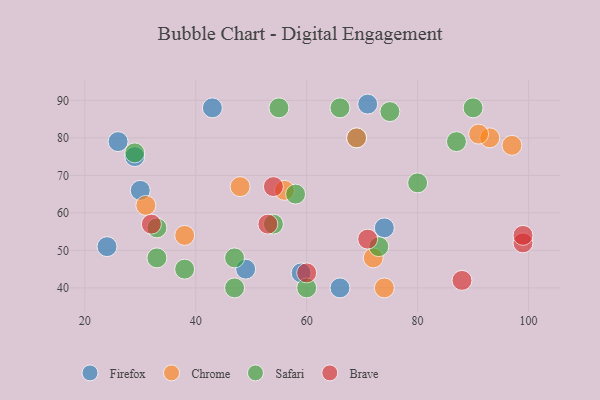
{"axis": {"x": "GDP", "y": "Life Expectancy"}, "legend": ["Brave", "Chrome", "Firefox", "Safari"], "data": [{"x": "69", "y": 80, "type": "Firefox"}, {"x": "30", "y": 66, "type": "Firefox"}, {"x": "49", "y": 45, "type": "Firefox"}, {"x": "26", "y": 79, "type": "Firefox"}, {"x": "66", "y": 40, "type": "Firefox"}, {"x": "71", "y": 89, "type": "Firefox"}, {"x": "24", "y": 51, "type": "Firefox"}, {"x": "43", "y": 88, "type": "Firefox"}, {"x": "74", "y": 56, "type": "Firefox"}, {"x": "59", "y": 44, "type": "Firefox"}, {"x": "29", "y": 75, "type": "Firefox"}, {"x": "48", "y": 67, "type": "Chrome"}, {"x": "93", "y": 80, "type": "Chrome"}, {"x": "38", "y": 54, "type": "Chrome"}, {"x": "72", "y": 48, "type": "Chrome"}, {"x": "97", "y": 78, "type": "Chrome"}, {"x": "56", "y": 66, "type": "Chrome"}, {"x": "69", "y": 80, "type": "Chrome"}, {"x": "91", "y": 81, "type": "Chrome"}, {"x": "74", "y": 40, "type": "Chrome"}, {"x": "31", "y": 62, "type": "Chrome"}, {"x": "38", "y": 45, "type": "Safari"}, {"x": "90", "y": 88, "type": "Safari"}, {"x": "47", "y": 48, "type": "Safari"}, {"x": "29", "y": 76, "type": "Safari"}, {"x": "54", "y": 57, "type": "Safari"}, {"x": "75", "y": 87, "type": "Safari"}, {"x": "33", "y": 48, "type": "Safari"}, {"x": "47", "y": 40, "type": "Safari"}, {"x": "66", "y": 88, "type": "Safari"}, {"x": "87", "y": 79, "type": "Safari"}, {"x": "80", "y": 68, "type": "Safari"}, {"x": "60", "y": 40, "type": "Safari"}, {"x": "55", "y": 88, "type": "Safari"}, {"x": "58", "y": 65, "type": "Safari"}, {"x": "73", "y": 51, "type": "Safari"}, {"x": "33", "y": 56, "type": "Safari"}, {"x": "54", "y": 67, "type": "Brave"}, {"x": "53", "y": 57, "type": "Brave"}, {"x": "32", "y": 57, "type": "Brave"}, {"x": "88", "y": 42, "type": "Brave"}, {"x": "71", "y": 53, "type": "Brave"}, {"x": "99", "y": 52, "type": "Brave"}, {"x": "60", "y": 44, "type": "Brave"}, {"x": "99", "y": 54, "type": "Brave"}]}